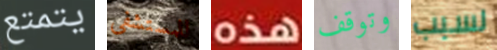
يتمتع للمستشفى هذه وتوقف لسبب